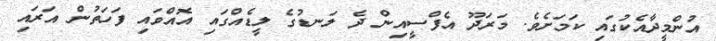
އުންމީދާއެކުގައި ކަމަށެވެ. މަރަދޫ އެފްސީއިން ދެ ލަނޑުގެ ލީޑެއްގައި އޮއްވައި ފަހަތުން އަރައި